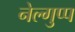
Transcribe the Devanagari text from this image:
नेल्गुप्प